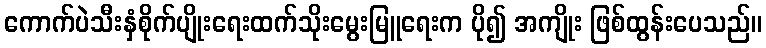
ကောက်ပဲသီးနှံစိုက်ပျိုးရေးထက်သိုးမွေးမြူရေးက ပို၍ အကျိုး ဖြစ်ထွန်းပေသည်။